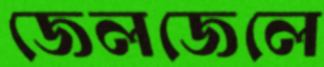
জেলজেলে